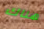
هناك